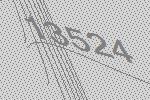
13524